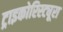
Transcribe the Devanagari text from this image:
ट्राइकोरिस्ट्यूरा